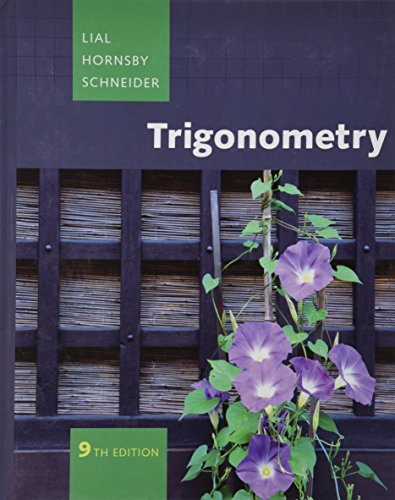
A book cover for Trigonometry (9th Edition); Margaret L. Lial; Science & Math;